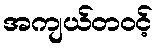
အကျယ်တဝင့်